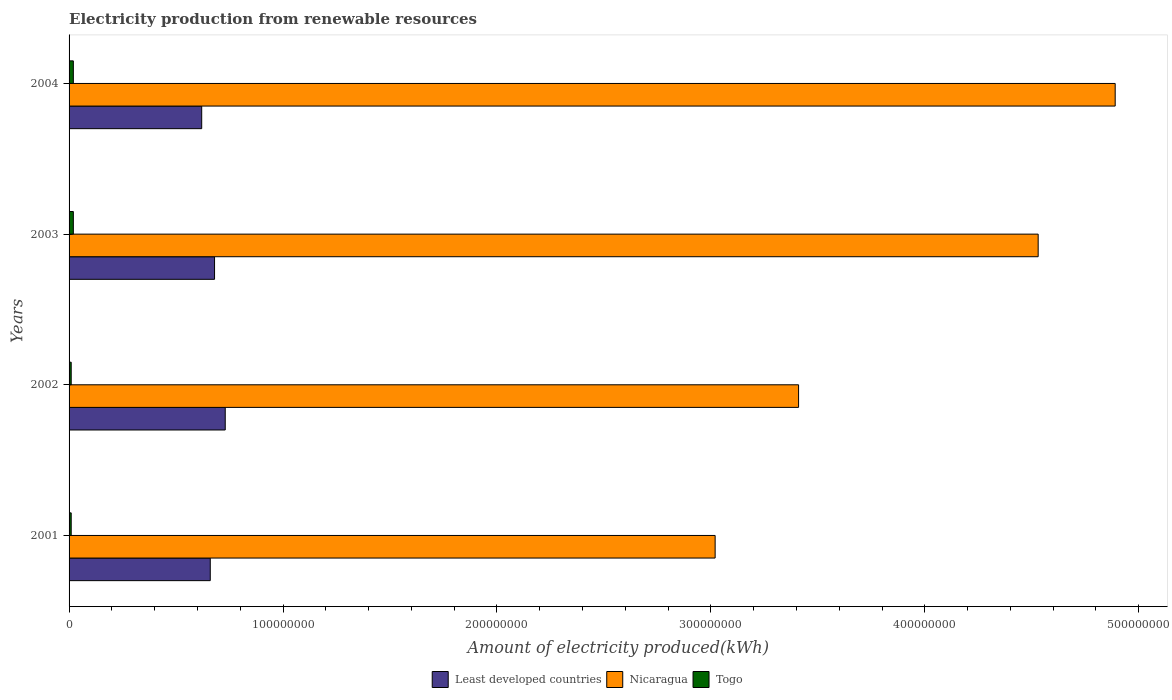
| Years | Least developed countries | Nicaragua | Togo |
 | --- | --- | --- | --- |
 | 2001 | 6.6e+07 | 3.02e+08 | 1e+06 |
 | 2002 | 7.3e+07 | 3.41e+08 | 1e+06 |
 | 2003 | 6.8e+07 | 4.53e+08 | 2e+06 |
 | 2004 | 6.2e+07 | 4.89e+08 | 2e+06 |